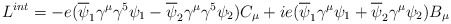
\begin{align*}L^{int} = - e (\overline\psi_1 \gamma^\mu \gamma^5 \psi_1 -\overline \psi_2 \gamma^\mu\gamma^5\psi_2 ) C_\mu + ie (\overline \psi_1 \gamma^\mu \psi_1 +\overline \psi_2\gamma^\mu \psi_2 ) B_\mu\end{align*}